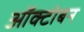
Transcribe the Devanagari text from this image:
ऑक्टोबन